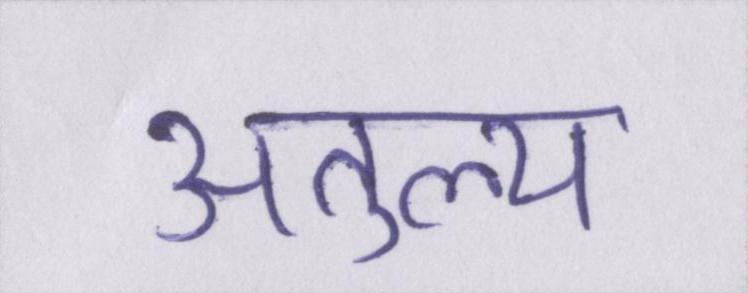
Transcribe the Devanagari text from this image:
अतुल्य